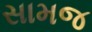
સામજ